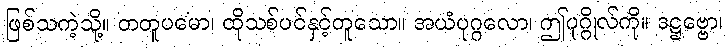
ဖြစ်သကဲ့သို့။ တတူပမော၊ ထိုသစ်ပင်နှင့်တူသော။ အယံပုဂ္ဂလော၊ ဤပုဂ္ဂိုလ်ကို။ ဒဋ္ဌဗ္ဗော၊